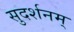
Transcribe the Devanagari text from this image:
सुदर्शनम्